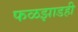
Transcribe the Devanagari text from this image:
फळझाडही